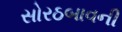
સોરઠબાવની